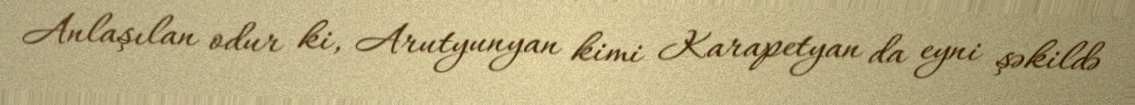
Anlaşılan odur ki, Arutyunyan kimi Karapetyan da eyni şəkildə